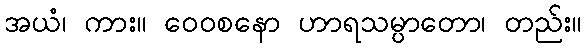
အယံ၊ ကား။ ဝေဝစနော ဟာရသမ္ပာတော၊ တည်း။